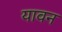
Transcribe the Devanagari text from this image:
यावन